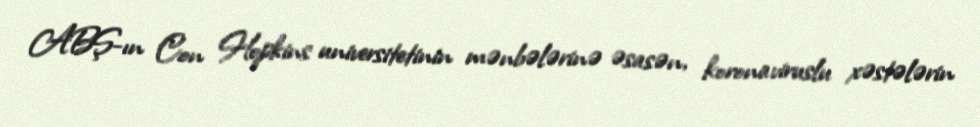
ABŞ-ın Con Hopkins universitetinin mənbələrinə əsasən, koronaviruslu xəstələrin